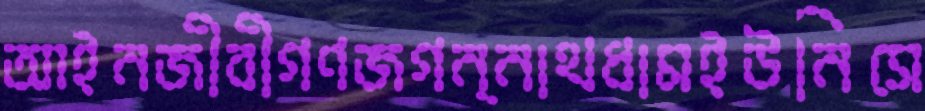
আইনজীবীগণজগন্নাথধামইউনিসে